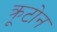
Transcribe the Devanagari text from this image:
क्रूटोन